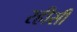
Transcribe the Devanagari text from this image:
रहीसी